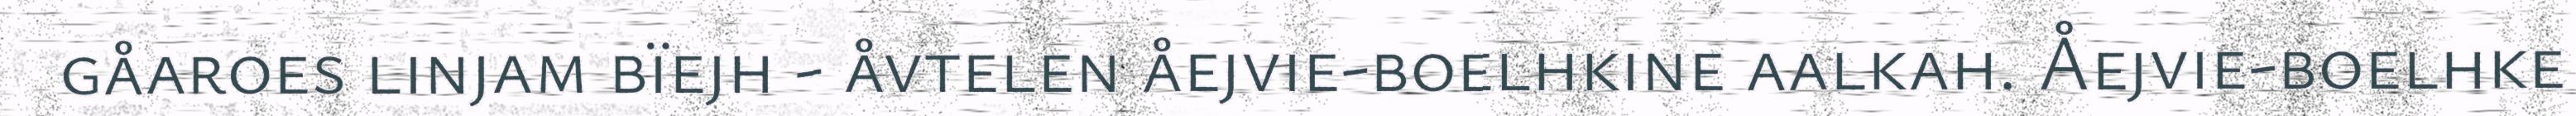
gåaroes linjam bïejh - åvtelen åejvie-boelhkine aalkah. Åejvie-boelhke